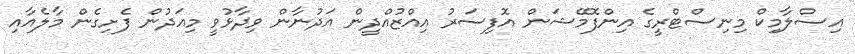
އިސްލާމިކް މިނިސްޓްރީގެ އިންފޮމޭޝަން އޮފިސަރު އިއްޒުއްދީން އަދުނާން ވިދާޅުވީ މިއަދުން ފެށިގެން މާލެއާއި